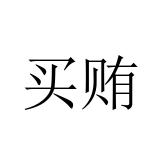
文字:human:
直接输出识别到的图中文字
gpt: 买贿